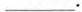
___